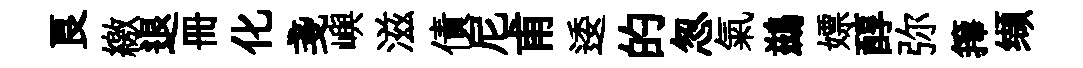
良繳退册化戔嶼滋債尼甫逶的怱氣鷀嫖醇弥籜缬